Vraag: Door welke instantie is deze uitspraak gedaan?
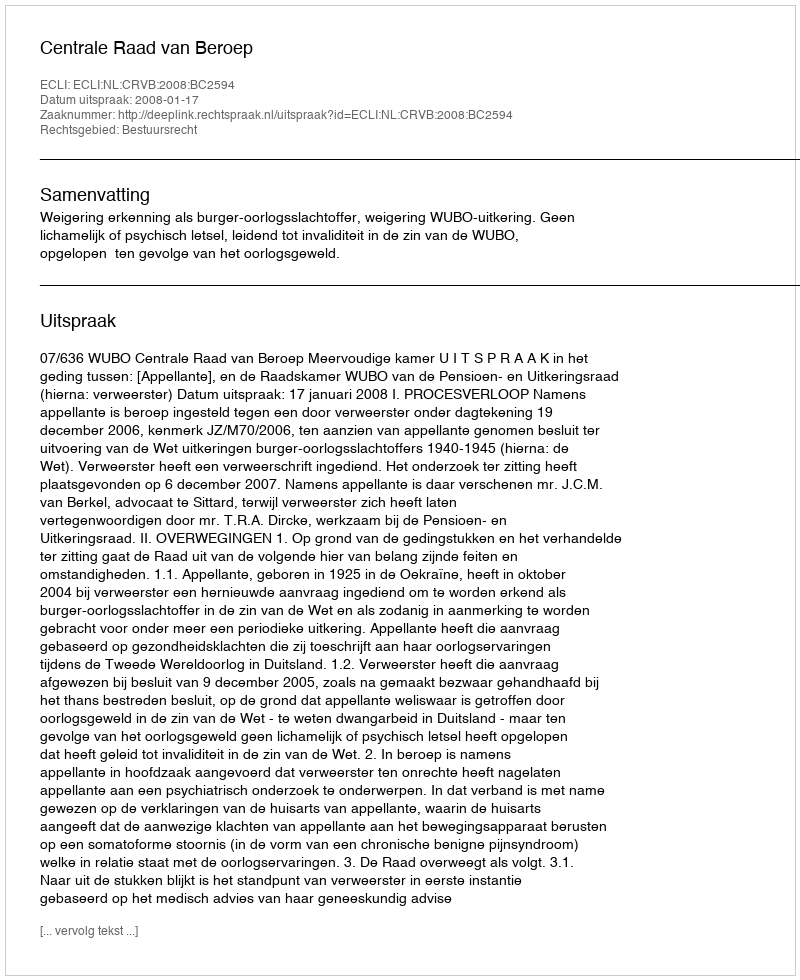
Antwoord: Centrale Raad van Beroep